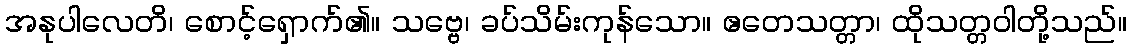
အနုပါလေတိ၊ စောင့်ရှောက်၏။ သဗ္ဗေ၊ ခပ်သိမ်းကုန်သော။ ဧတေသတ္တာ၊ ထိုသတ္တဝါတို့သည်။